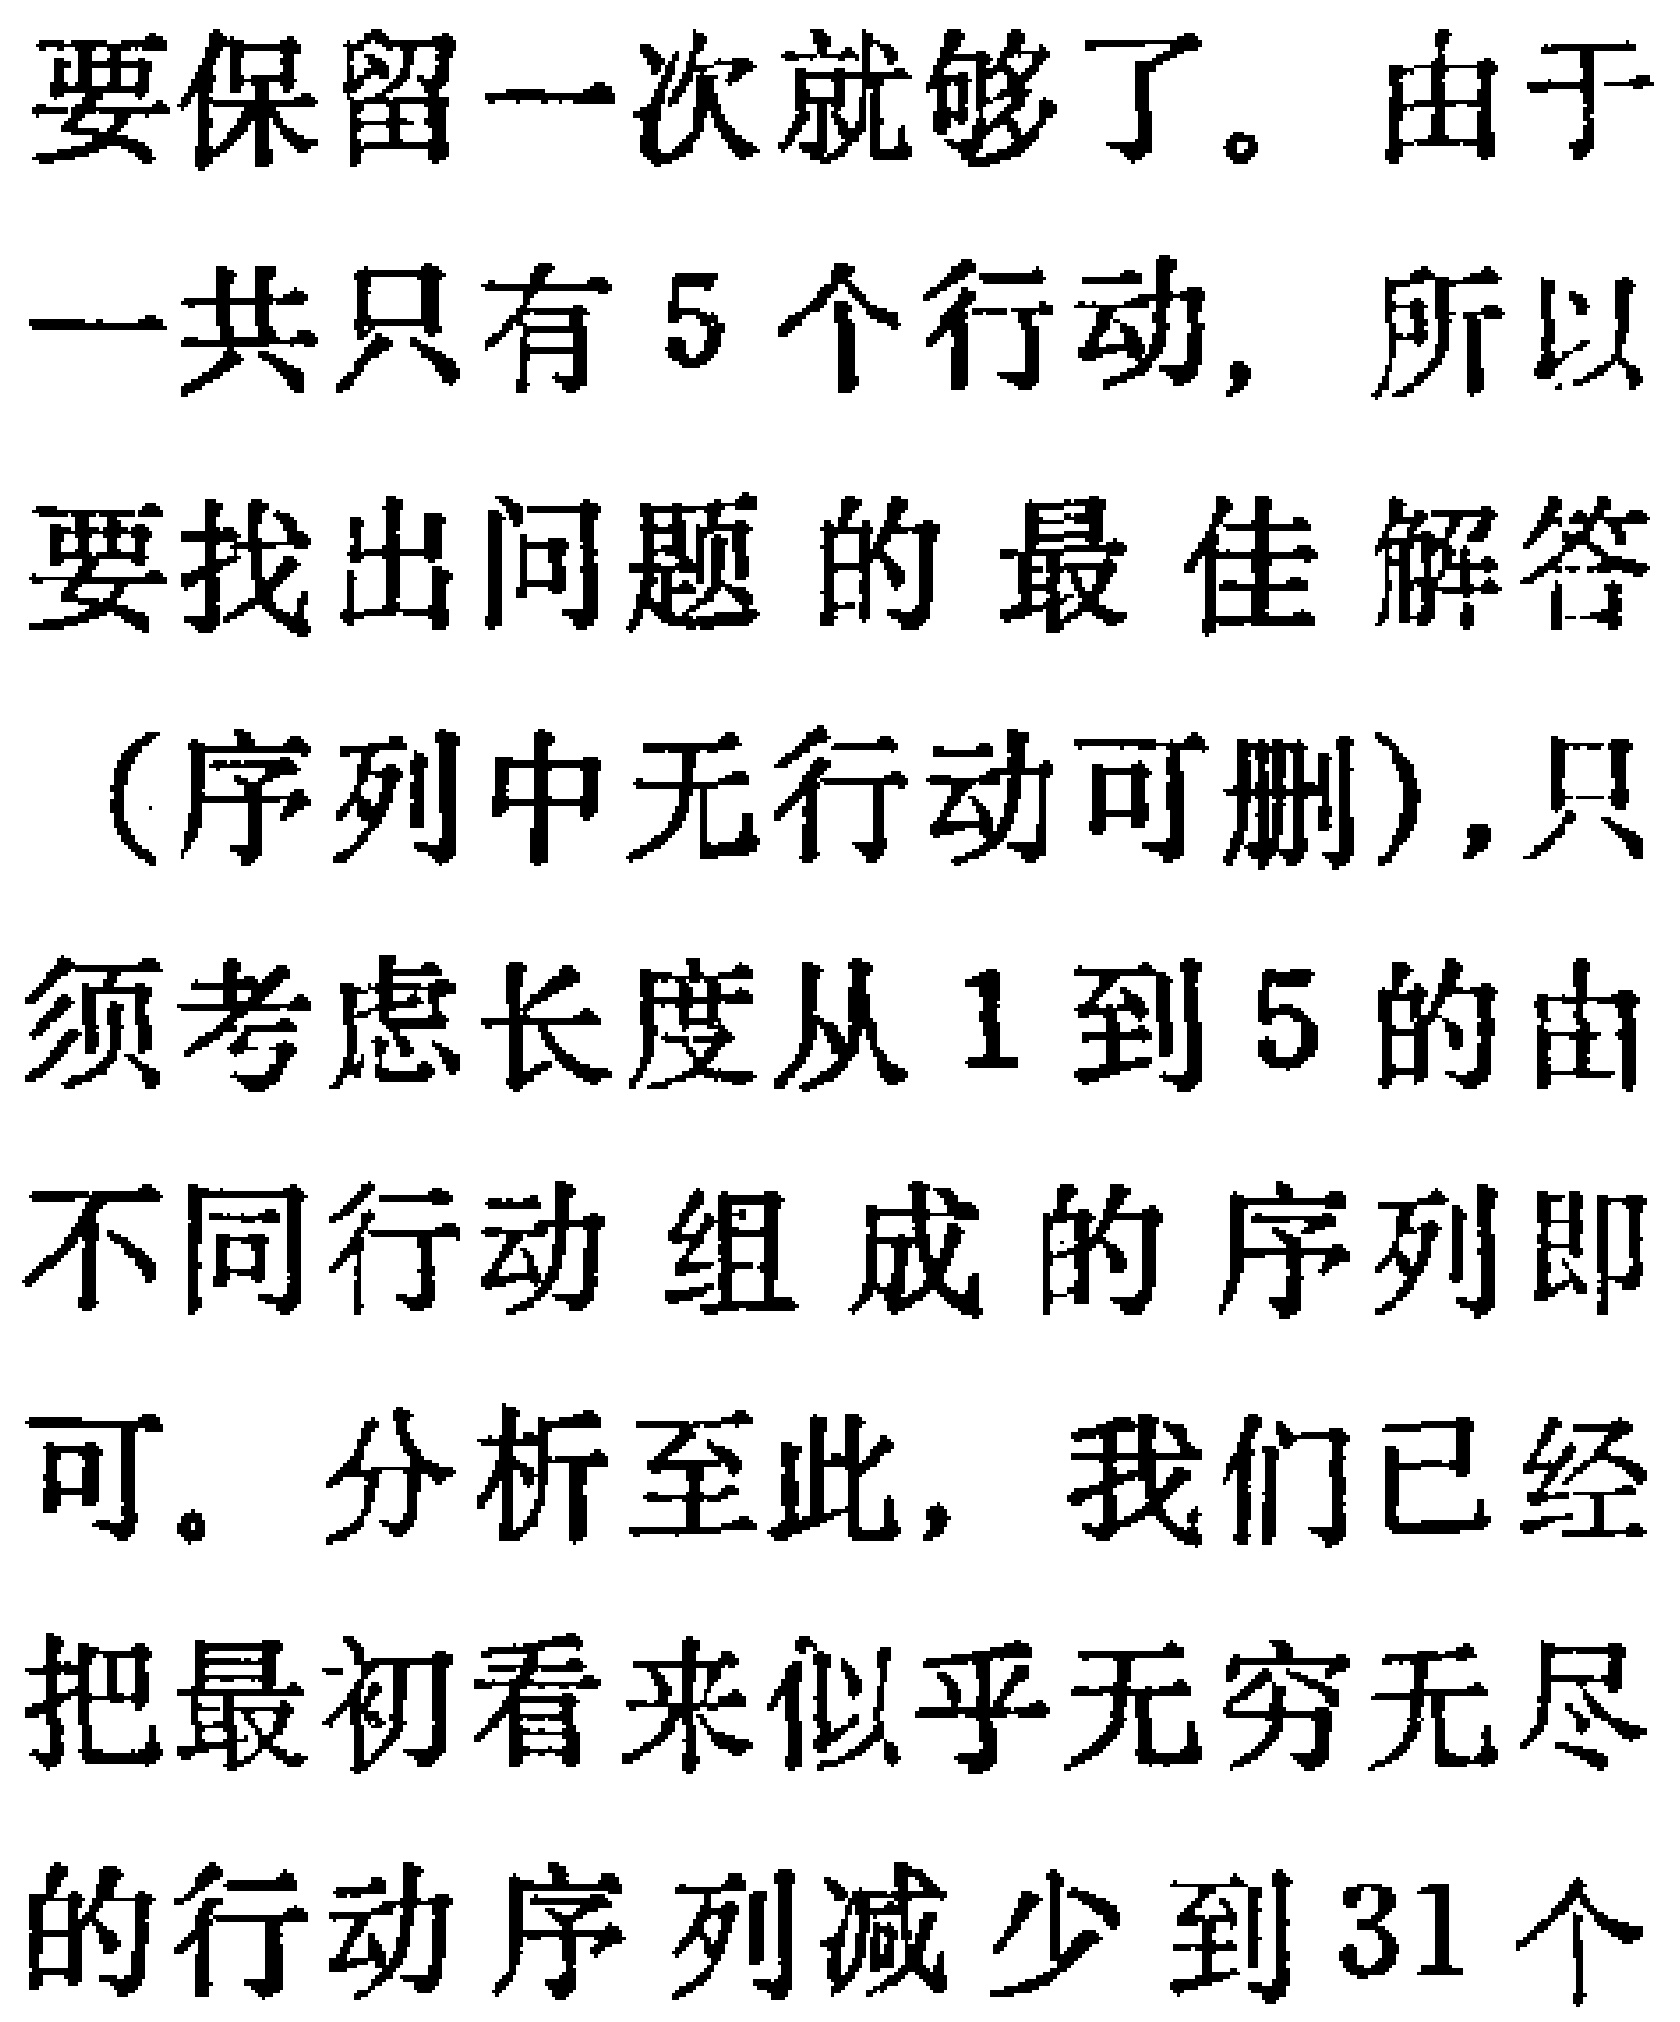
要保留一次就够了。由于一共只有5个行动, 所以要找出问题的最佳解答（序列中无行动可删）, 只须考虑长度从1到5的由不同行动组成的序列即可。分析至此, 我们已经把最初看来似乎无穷无尽的行动序列减少到31个